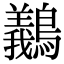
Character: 䴊